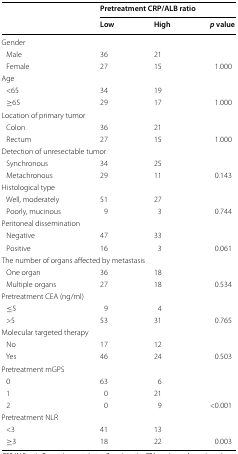
<table><thead><tr><td rowspan="2"></td><td colspan="3"><b>Pretreatment CRP/ALB ratio</b></td></tr><tr><td><b>Low</b></td><td><b>High</b></td><td><b><i>p</i> value</b></td></tr></thead><tbody><tr><td colspan="4">Gender</td></tr><tr><td> Male</td><td>36</td><td>21</td><td></td></tr><tr><td> Female</td><td>27</td><td>15</td><td>1.000</td></tr><tr><td colspan="4">Age</td></tr><tr><td> &lt;65</td><td>34</td><td>19</td><td></td></tr><tr><td> ≥65</td><td>29</td><td>17</td><td>1.000</td></tr><tr><td colspan="4">Location of primary tumor</td></tr><tr><td> Colon</td><td>36</td><td>21</td><td></td></tr><tr><td> Rectum</td><td>27</td><td>15</td><td>1.000</td></tr><tr><td colspan="4">Detection of unresectable tumor</td></tr><tr><td> Synchronous</td><td>34</td><td>25</td><td></td></tr><tr><td> Metachronous</td><td>29</td><td>11</td><td>0.143</td></tr><tr><td colspan="4">Histological type</td></tr><tr><td> Well, moderately</td><td>51</td><td>27</td><td></td></tr><tr><td> Poorly, mucinous</td><td>9</td><td>3</td><td>0.744</td></tr><tr><td colspan="4">Peritoneal dissemination</td></tr><tr><td> Negative</td><td>47</td><td>33</td><td></td></tr><tr><td> Positive</td><td>16</td><td>3</td><td>0.061</td></tr><tr><td colspan="4">The number of organs affected by metastasis</td></tr><tr><td> One organ</td><td>36</td><td>18</td><td></td></tr><tr><td> Multiple organs</td><td>27</td><td>18</td><td>0.534</td></tr><tr><td colspan="4">Pretreatment CEA (ng/ml)</td></tr><tr><td> ≤5</td><td>9</td><td>4</td><td></td></tr><tr><td> &gt;5</td><td>53</td><td>31</td><td>0.765</td></tr><tr><td colspan="4">Molecular targeted therapy</td></tr><tr><td> No</td><td>17</td><td>12</td><td></td></tr><tr><td> Yes</td><td>46</td><td>24</td><td>0.503</td></tr><tr><td colspan="4">Pretreatment mGPS</td></tr><tr><td> 0</td><td>63</td><td>6</td><td></td></tr><tr><td> 1</td><td>0</td><td>21</td><td></td></tr><tr><td> 2</td><td>0</td><td>9</td><td>&lt;0.001</td></tr><tr><td colspan="4">Pretreatment NLR</td></tr><tr><td> &lt;3</td><td>41</td><td>13</td><td></td></tr><tr><td> ≥3</td><td>18</td><td>22</td><td>0.003</td></tr></tbody></table>